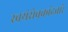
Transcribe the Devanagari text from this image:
स्वयंसेवकांदवारे